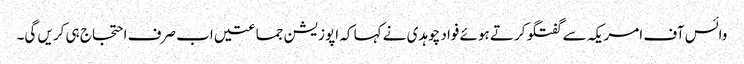
وائس آف امریکہ سے گفتگو کرتے ہوئے فواد چوہدی نے کہا کہ اپوزیشن جماعتیں اب صرف احتجاج ہی کریں گی۔